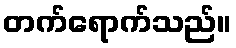
တက်ရောက်သည်။